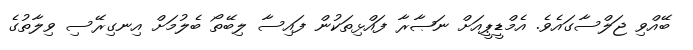
ބޭއްވި ޖަލްސާގައެވެ. އެމްޑީޕީއަށް ނަޞާރާ ފައްޅިތަކުން ފައިސާ ލިބޭތޯ ބެލުމަށް އިނގިރޭސި ވިލާތުގެ